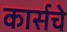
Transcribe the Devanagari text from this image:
कार्सचे